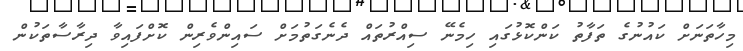
މިހާތަނަށް ކައުނުގެ ތަފާތު ކަންކޮޅުގައި ހިމެނޭ ސިއްރުތައް ދެނެގަތުމަށް ސައިންވެރިން ކޮށްފައިވާ ދިރާސާތަކުން